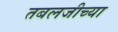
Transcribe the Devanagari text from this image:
तबलजीच्या